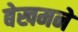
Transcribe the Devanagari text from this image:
बेखमने